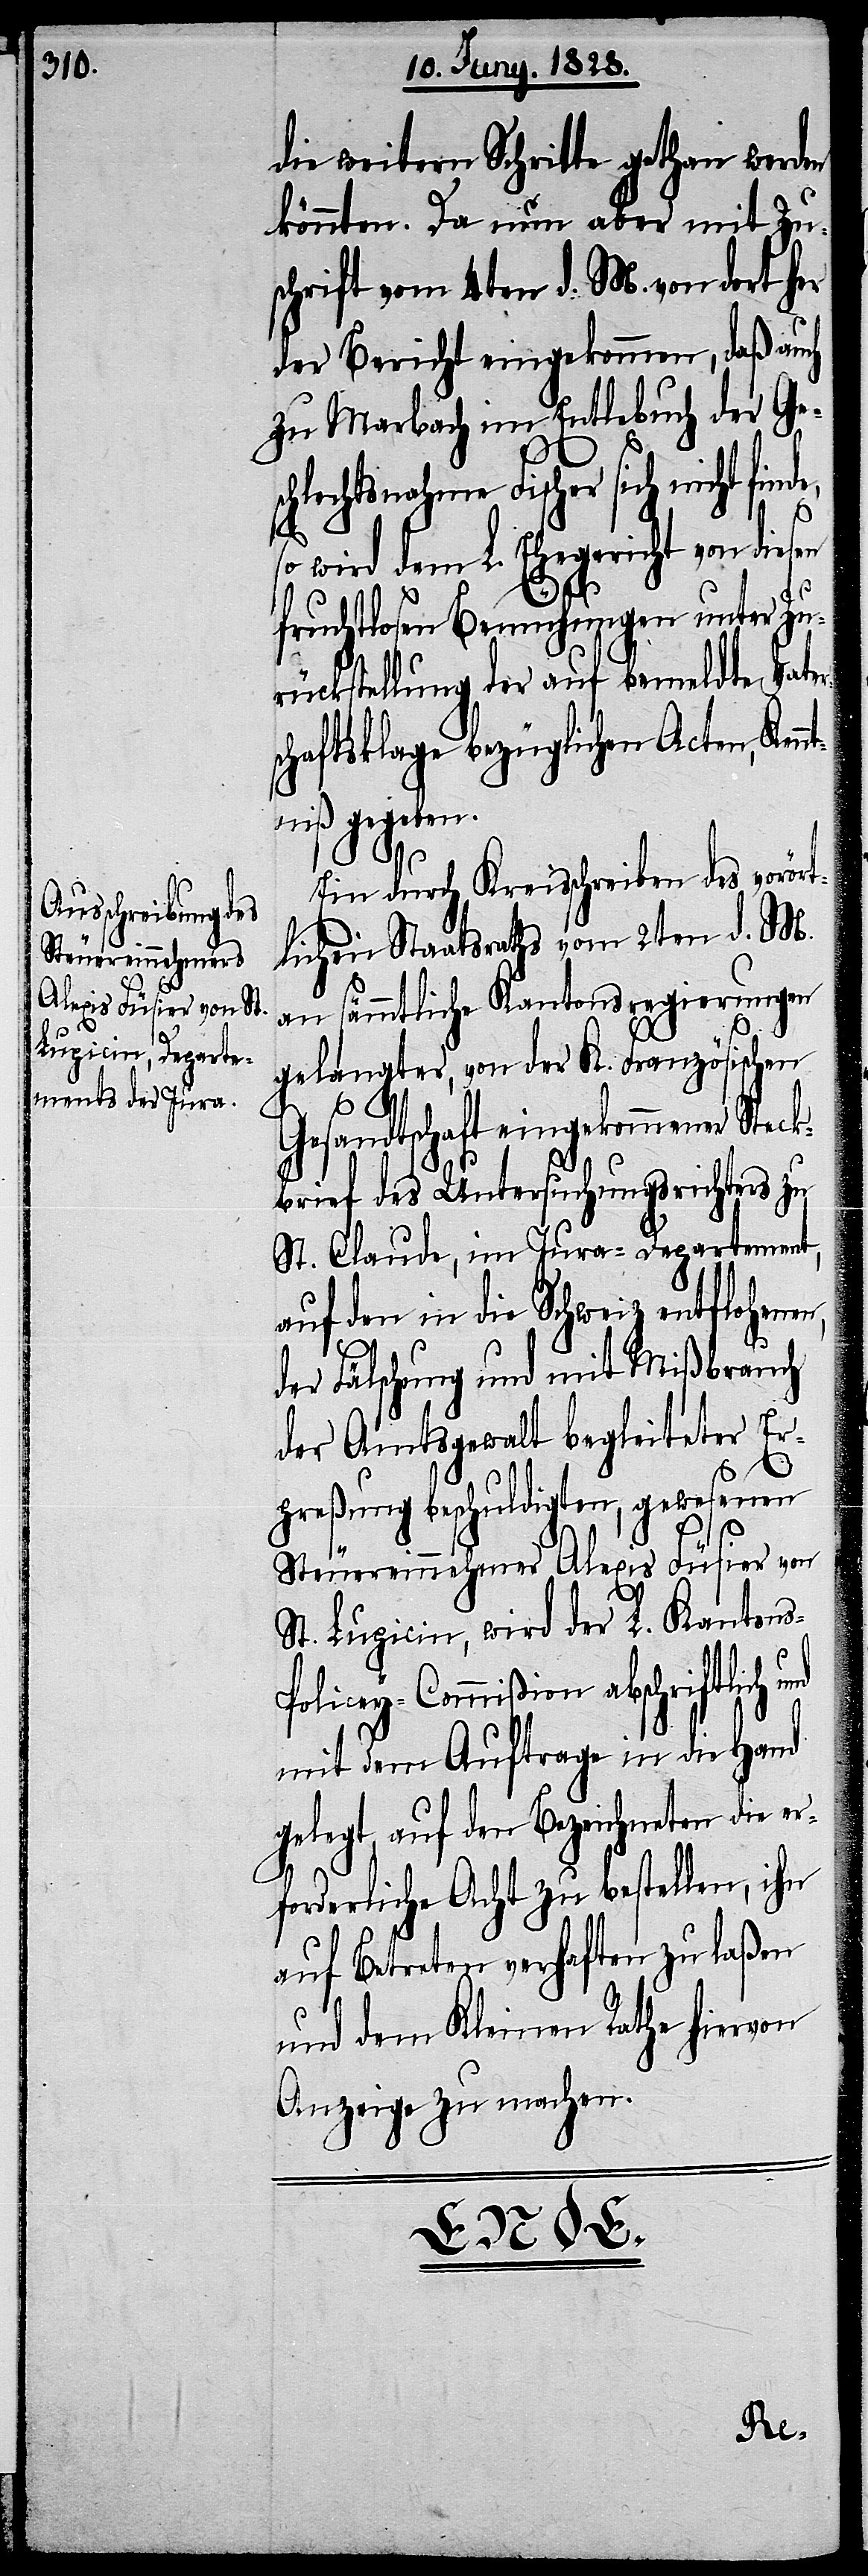
Steuereinnehmer
Alexis Füsier von St.

die weitern Schritte gethan werden
könnten. Da nun aber mit Zu¬
schrift vom 4ten d. M. von dort her
der Bericht eingekommen, daß auch
zu Marbach im Entlebuch der Ges¬
chlechtsnahme Fischer sich nicht find¬
s-P¬
so wird dem L. Ehegericht von diesen
fruchtlosen Bemühungen unter Zu¬
rückstellung der auf bemeldte Vate¬
chaftsklage bezüglichen Acten, Ken¬
niß gegeben.
Ein durch Kreisschreiben des vorört¬
lichen Staatsraths vom 2ten d. M.
an sämmtliche Kantonsregierungen
gelangter, von der K. Französischen
Gesandtschaft eingekommener Stec¬
kbrief des Untersuchungsrichters zu
St. Claude, im Jura-Departement,
auf den in die Schweiz entflohen¬
der Fälschung und mit Mißbrauch
der Amtsgewalt begleiteter Er¬
preßung beschuldigten, gewesenen
Lupicin, wird der L. Kanton¬
olicey-Commißion abschriftlich
mit dem Auftrage in die Hand
gelegt, auf den Bezeichneten die er¬
forderliche Acht zu bestellen, ihn
auf Betreten verhaften zu laßen
und dem Kleinen Rathe hiervon
Anzeige zu machen.
en,